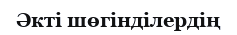
Әкті шөгінділердің